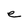
Character: e